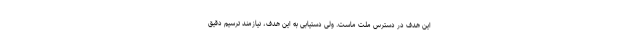
این هدف در دسترس ملت ماست. ولی دستیابی به این هدف، نیازمند ترسیم دقیقِ